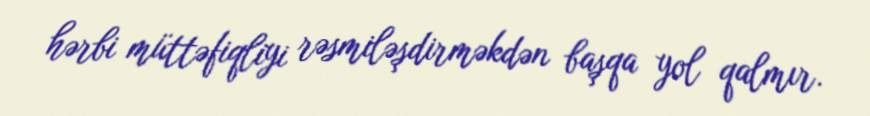
hərbi müttəfiqliyi rəsmiləşdirməkdən başqa yol qalmır.